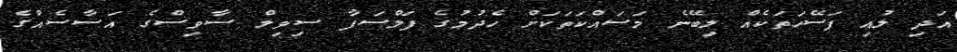
އަދި ލުއި ފަސޭހަތަކެއް ލިބޭނެ މަސައްކަތަކަށް ހެދުމުގެ ފަލްސަފާ ސިވިލް ސާވިސްގެ އަސާސެއްގެ